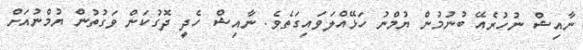
ނާއިޝް ނުހުރެއޭ ބުނުމުން ޔުމްނު ހަޅޭއްލަވައިގަތެވެ. ނާއިޝް ހެދީ ދޮގުކަން ވަގުތުން ޔުމްނުއަށް